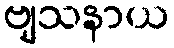
ဗျသနာယ